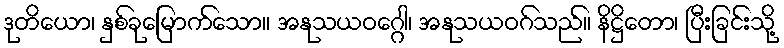
ဒုတိယော၊ နှစ်ခုမြောက်သော။ အနုသယဝဂ္ဂေါ၊ အနုသယဝဂ်သည်။ နိဋ္ဌိတော၊ ပြီးခြင်းသို့